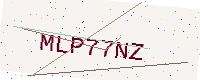
Text: MLP77NZ